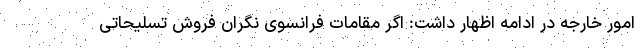
امور خارجه در ادامه اظهار داشت: اگر مقامات فرانسوی نگران فروش تسلیحاتی